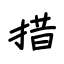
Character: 措